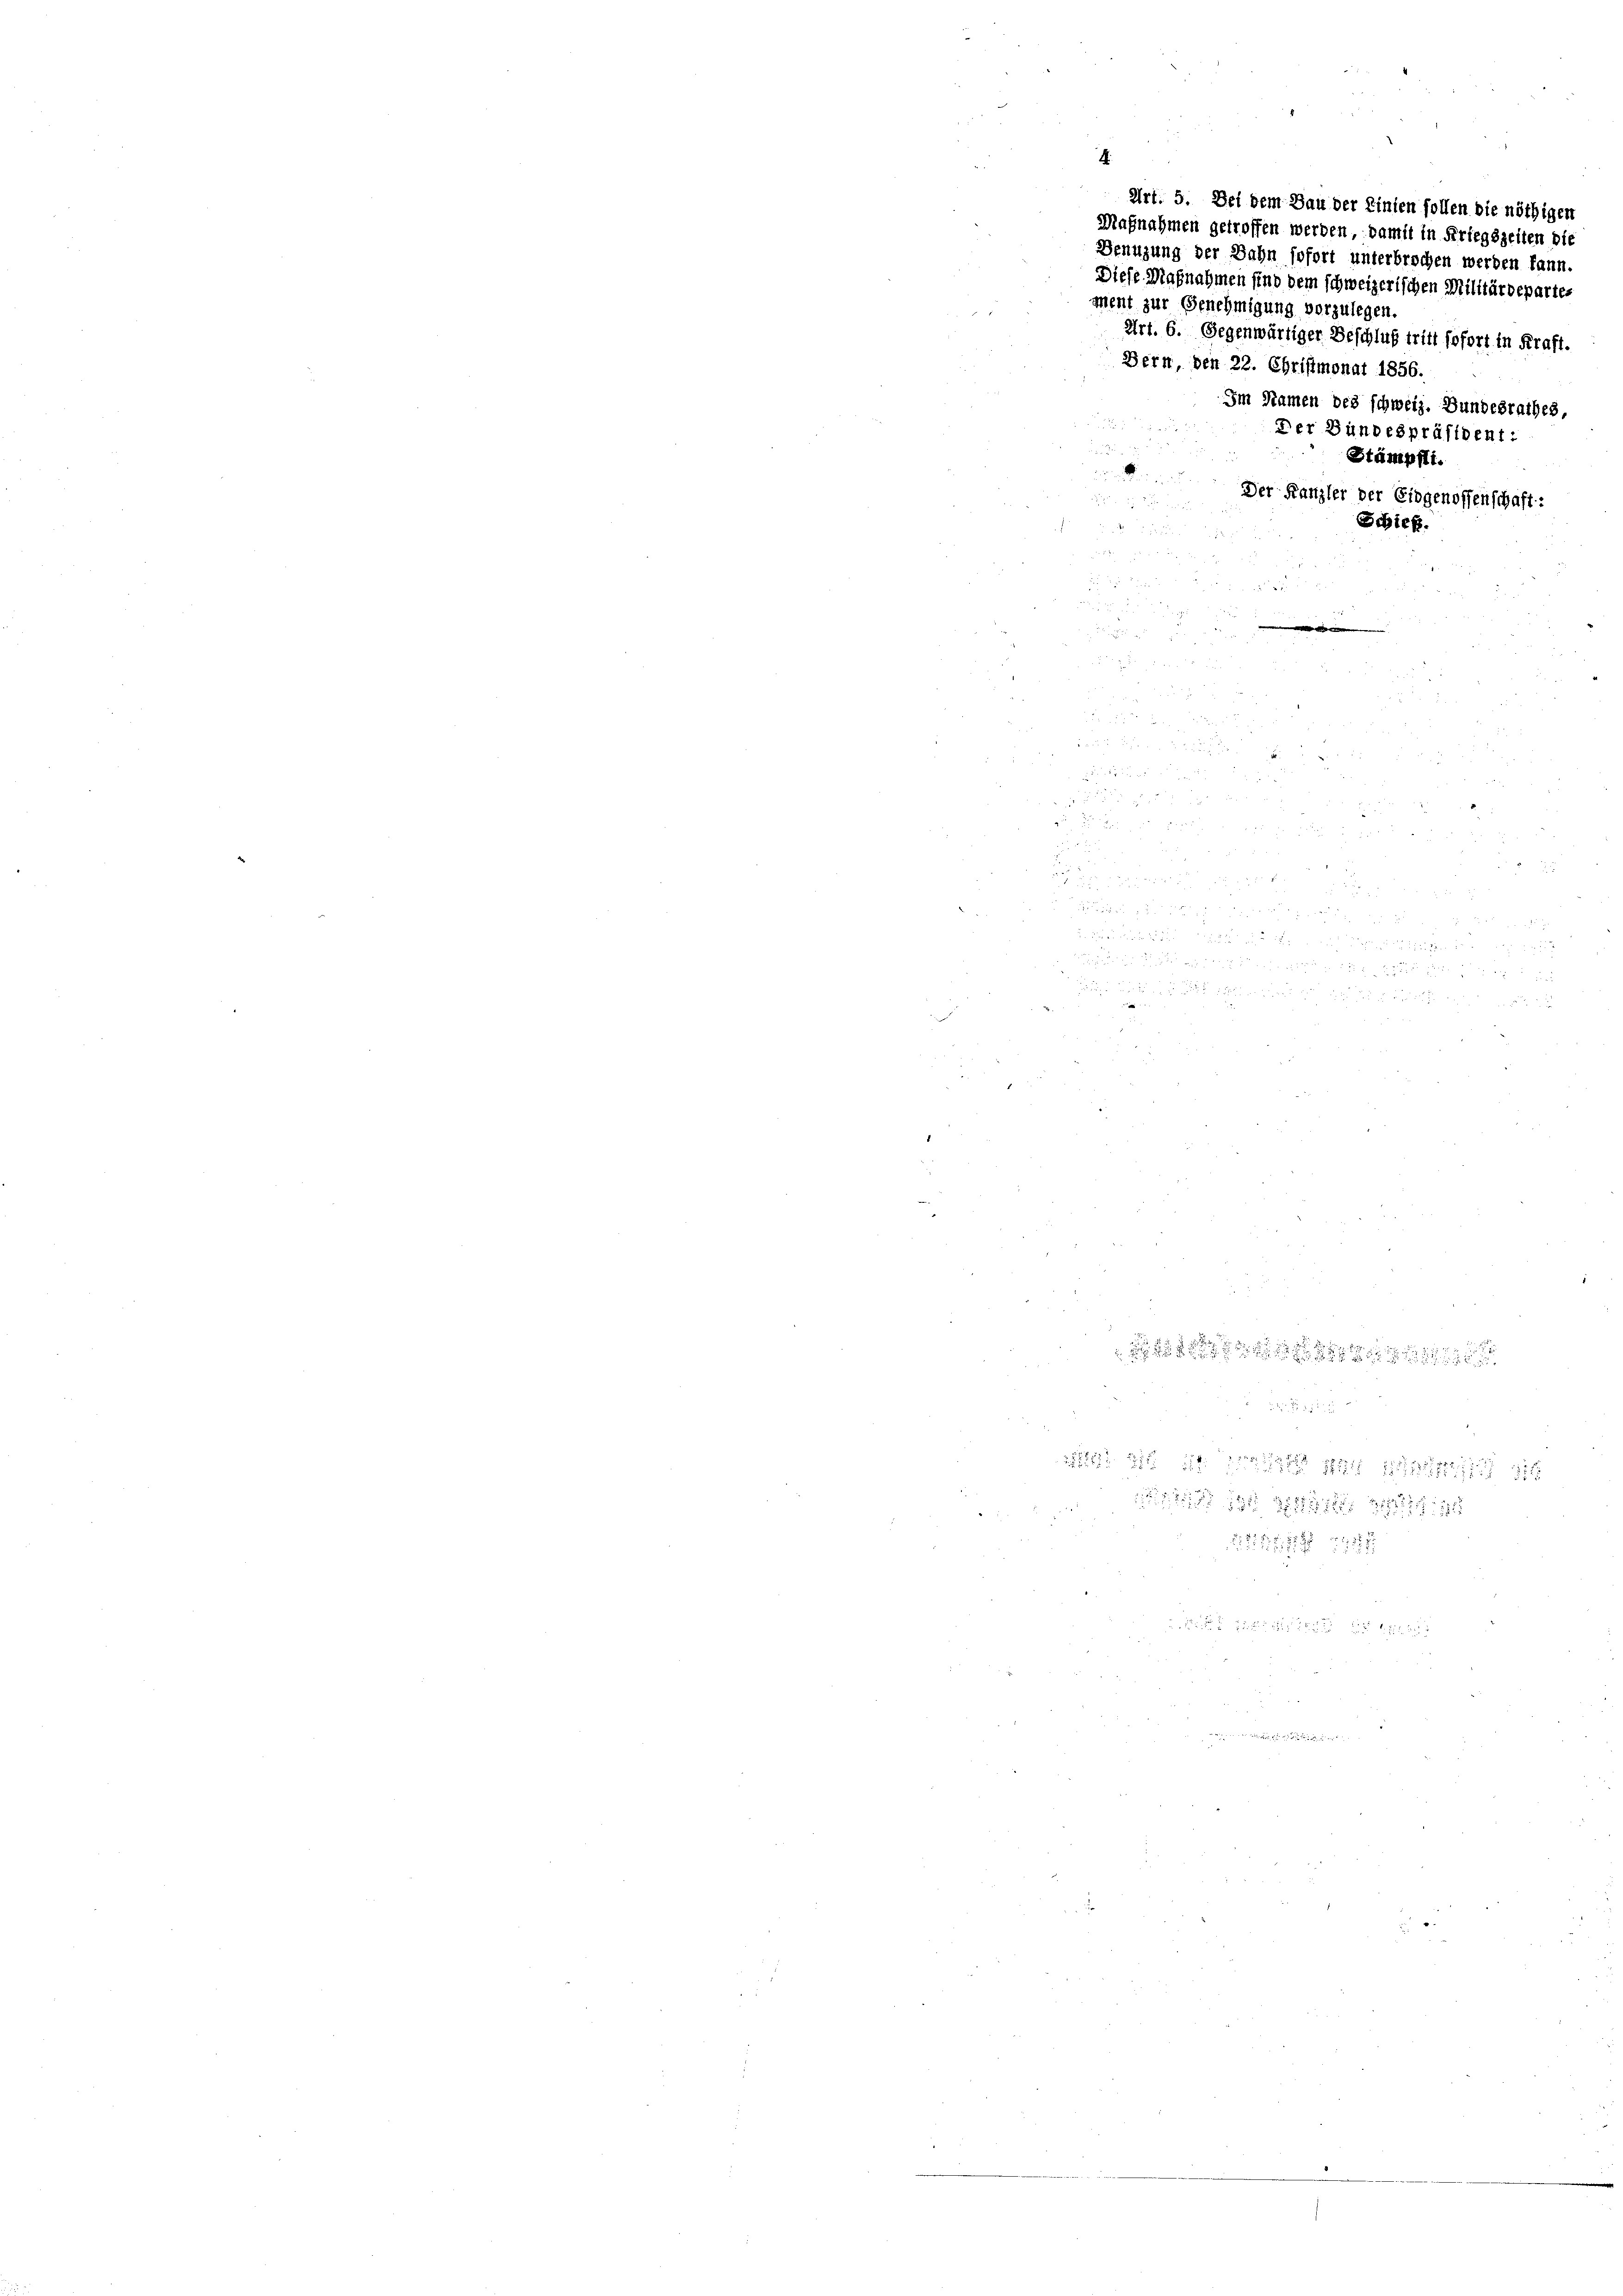
Der Bundespräsident:
i
Stämpft.
Der Kanzler der Eidgenossenschaft:
Schief.
u
u

Diese Maßnahmen sind dem schweizerischen Militärdepartes
ment zur Genehmigung vorzulegen.
Art. 6. Gegenwärtiger Beschluß tritt sofort in Kraft.
Dern, den 22. Christmonat 1856.
Im Namen des schweiz. Bundesrathes,

Art. 5. Bei dem Bau der Linien sollen die nöthigen
Magnahmen getroffen werden, damit in Kriegszeiten die
Benuzung der Bahn sofort unterbrochen werden kann

g
 2 x 2 2 x
111 24 x